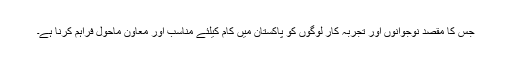
جس کا مقصد نوجوانوں اور تجربہ کار لوگوں کو پاکستان میں کام کیلئے مناسب اور معاون ماحول فراہم کرنا ہے۔